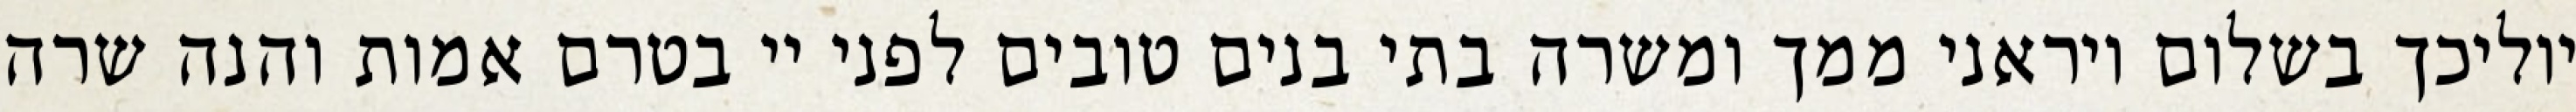
יוליכך בשלום ויראני ממך ומשרה בתי בנים טובים לפני יי בטרם אמות והנה שרה